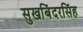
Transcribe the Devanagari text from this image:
सुखबिंदरसिंह